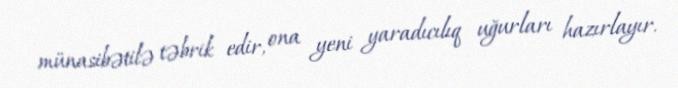
münasibətilə təbrik edir, ona yeni yaradıcılıq uğurları hazırlayır.